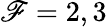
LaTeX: \mathscr{F}=2,3